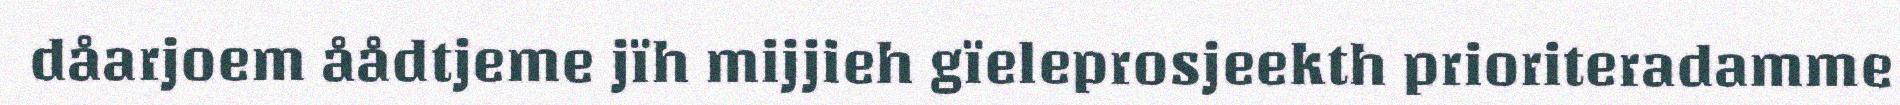
dåarjoem åådtjeme jïh mijjieh gïeleprosjeekth prioriteradamme